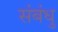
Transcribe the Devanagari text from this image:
संबंधु